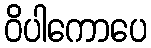
ဝိပါကောပေ